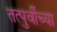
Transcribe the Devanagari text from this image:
तत्पुर्वीच्या